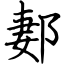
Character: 郪